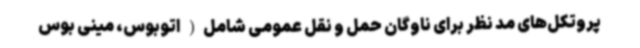
پروتکل‌های مد نظر برای ناوگان حمل و نقل عمومی شامل( اتوبوس، مینی بوس